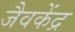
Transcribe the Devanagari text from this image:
जैवकेंद्र